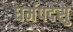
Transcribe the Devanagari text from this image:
धर्मपदेसु